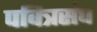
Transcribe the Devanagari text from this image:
पवित्रसंघ